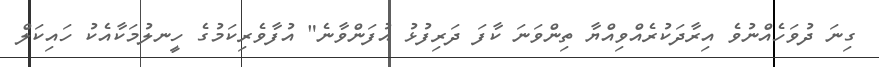
ގިނަ ދުވަހެއްނުވެ އިރާދަކުރެއްވިއްޔާ ތިންވަނަ ކާފަ ދަރިފުޅު އުފަންވާނެ" އުފާވެރިކަމުގެ ހީނލުމަކާއެކު ހައިކަލް